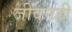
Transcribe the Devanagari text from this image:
जीवनही